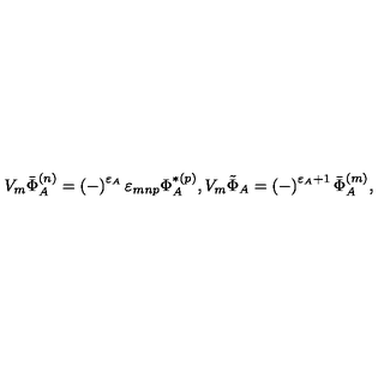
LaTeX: V _ { m } \bar { \Phi } _ { A } ^ { ( n ) } = \left( - \right) ^ { \varepsilon _ { A } } \varepsilon _ { m n p } \Phi _ { A } ^ { * ( p ) } , V _ { m } \tilde { \Phi } _ { A } = \left( - \right) ^ { \varepsilon _ { A } + 1 } \bar { \Phi } _ { A } ^ { ( m ) } ,